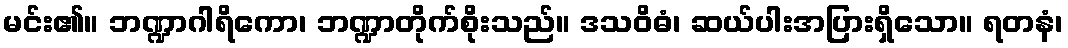
မင်း၏။ ဘဏ္ဍာဂါရိကော၊ ဘဏ္ဍာတိုက်စိုးသည်။ ဒသဝိဓံ၊ ဆယ်ပါးအပြားရှိသော။ ရတနံ၊